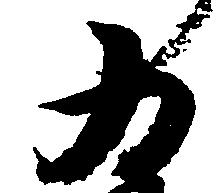
為